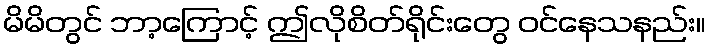
မိမိတွင် ဘာ့ကြောင့် ဤလိုစိတ်ရိုင်းတွေ ဝင်နေသနည်း။